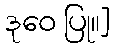
ဒုဝေ ပြု။]